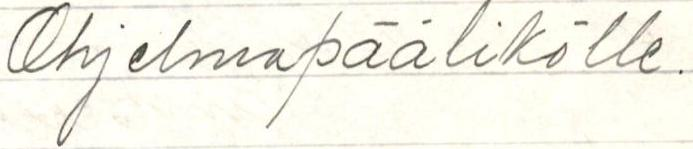
Ohjelmapäälikölle